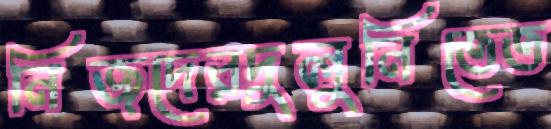
নিজদেরদুলুনিতেত